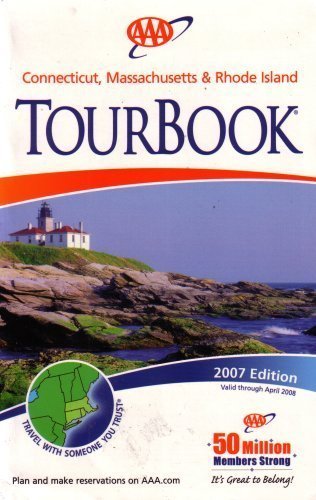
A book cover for AAA Connecticut, Massachusettes & Rhode Island Tourbook: 2007 Edition (2007 Edition, 2007-460707); AAA; Travel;